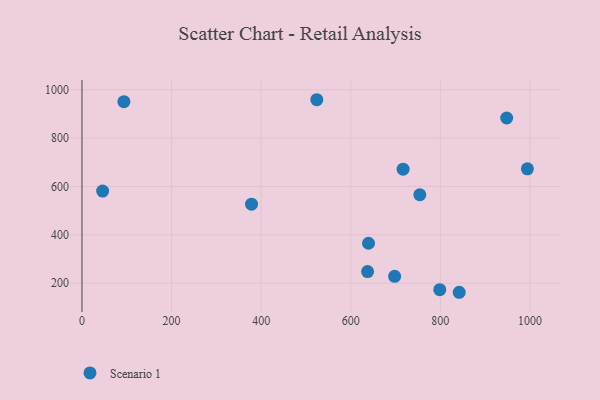
{"axis": {"x": "Study Hours", "y": "Demand"}, "legend": ["Scenario 1"], "data": [{"x": "798.7", "y": 173.4, "type": "Scenario 1"}, {"x": "524.2", "y": 958.4, "type": "Scenario 1"}, {"x": "716.8", "y": 671.3, "type": "Scenario 1"}, {"x": "842.0", "y": 162.5, "type": "Scenario 1"}, {"x": "697.9", "y": 228.5, "type": "Scenario 1"}, {"x": "93.6", "y": 950.2, "type": "Scenario 1"}, {"x": "948.0", "y": 882.8, "type": "Scenario 1"}, {"x": "754.1", "y": 565.6, "type": "Scenario 1"}, {"x": "46.1", "y": 581.0, "type": "Scenario 1"}, {"x": "994.2", "y": 672.7, "type": "Scenario 1"}, {"x": "637.5", "y": 248.0, "type": "Scenario 1"}, {"x": "378.5", "y": 526.8, "type": "Scenario 1"}, {"x": "639.6", "y": 365.2, "type": "Scenario 1"}]}